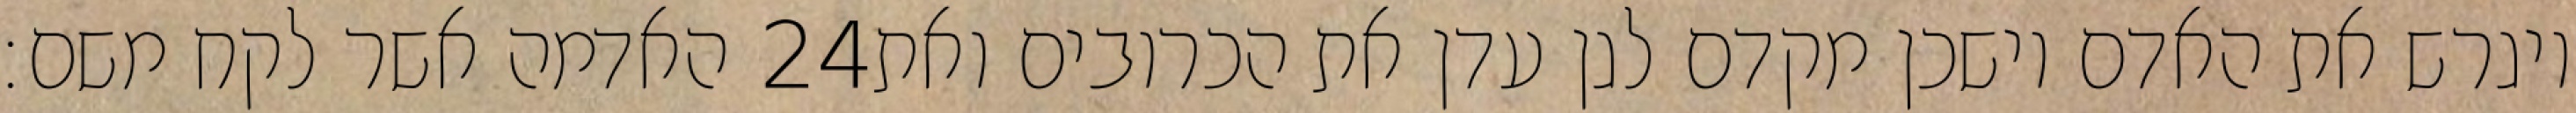
האדמה אשר לקח משם׃ ‎24‏ ויגרש את האדם וישכן מקדם לגן עדן את הכרובים ואת